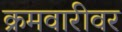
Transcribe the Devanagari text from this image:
क्रमवारीवर